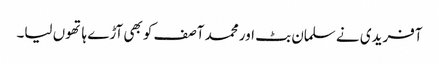
آفریدی نے سلمان بٹ اور محمد آصف کو بھی آڑے ہاتھوں لیا۔